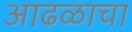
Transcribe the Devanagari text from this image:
आढळाचा